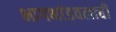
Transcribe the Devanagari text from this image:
भागभांडवलाची